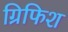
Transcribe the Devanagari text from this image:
ग्रिफिश